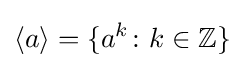
\langle a\rangle =\{a^{k}\colon k\in \mathbb {Z} \}